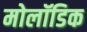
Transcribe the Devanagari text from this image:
मोलॉडिक